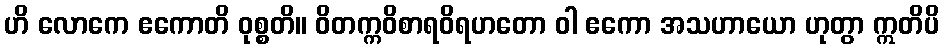
ဟိ လောကေ ဧကောတိ ဝုစ္စတိ။ ဝိတက္ကဝိစာရဝိရဟတော ဝါ ဧကော အသဟာယော ဟုတွာ ဣတိပိ